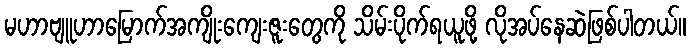
မဟာဗျူဟာမြောက်အကျိုးကျေးဇူးတွေကို သိမ်းပိုက်ရယူဖို့ လိုအပ်နေဆဲဖြစ်ပါတယ်။